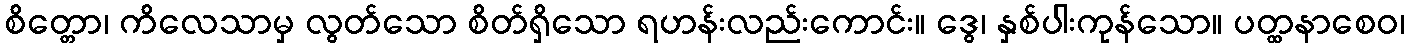
စိတ္တော၊ ကိလေသာမှ လွတ်သော စိတ်ရှိသော ရဟန်းလည်းကောင်း။ ဒွေ၊ နှစ်ပါးကုန်သော။ ပတ္ထနာစေဝ၊